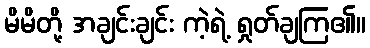
မိမိတို့ အချင်းချင်း ကဲ့ရဲ့ ရှုတ်ချကြ၏။